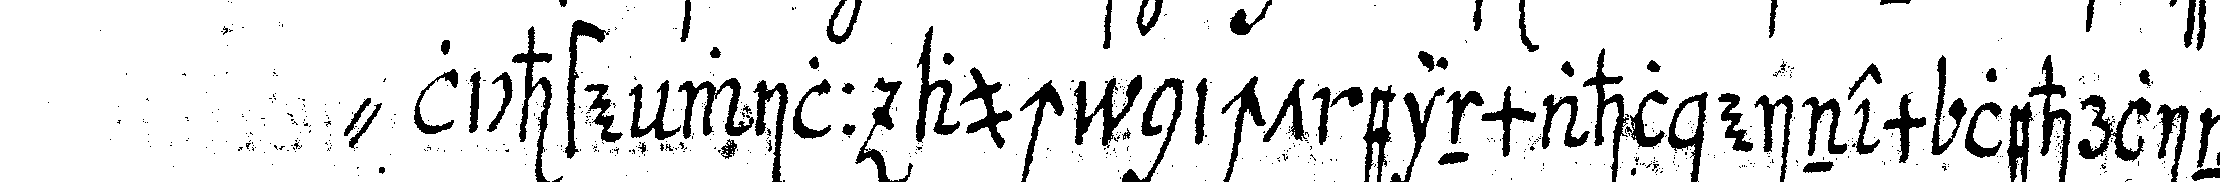
" lichste will auch nicht einmahl einem lehrling